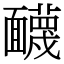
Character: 䩏